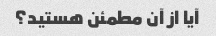
آیا از آن مطمئن هستید؟